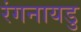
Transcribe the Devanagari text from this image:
रंगनायडु